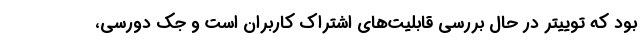
بود که توییتر در حال بررسی قابلیت‌های اشتراک کاربران است و جک دورسی،